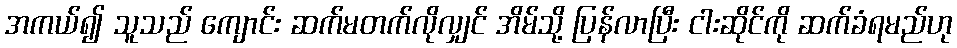
အကယ်၍ သူသည် ကျောင်း ဆက်မတက်လိုလျှင် အိမ်သို့ ပြန်လာပြီး ငါးဆိုင်ကို ဆက်ခံရမည်ဟု